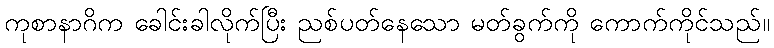
ကုစာနာဂိက ခေါင်းခါလိုက်ပြီး ညစ်ပတ်နေသော မတ်ခွက်ကို ကောက်ကိုင်သည်။